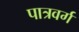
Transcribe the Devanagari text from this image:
पात्रवर्ग